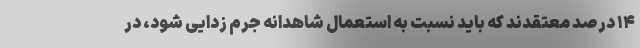
۱۴ درصد معتقدند که باید نسبت به استعمال شاهدانه جرم زدایی شود، در